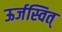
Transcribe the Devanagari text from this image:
ऊर्जस्वित्